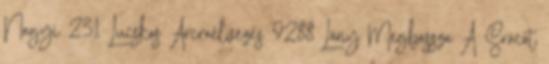
Nagyi 231 Lucskos Arcraélvezés 9288 Lány Megbassza A Srácot